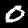
Digit: 0